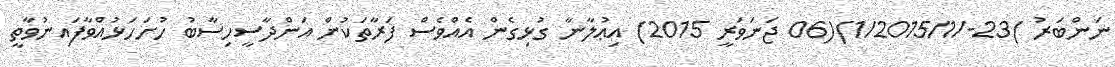
ނަންބަރު )23-/1/2015/1)(06 ޖަނަވަރީ 2015) އިޢުލާނާ ގުޅިގެން އެއްވެސް ފަރާތަކުން އަންދާސީހިސާބު ހުށަހަޅުއްވާފައިނުވާތީ